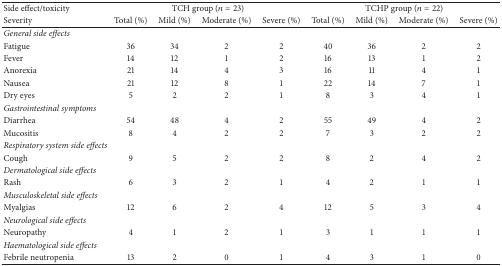
<table><thead><tr><td><b>Side effect/toxicity</b></td><td colspan="4"><b>TCH group (<i>n</i> = 23)</b></td><td colspan="4"><b>TCHP group (<i>n</i> = 22)</b></td></tr><tr><td><b>Severity</b></td><td><b>Total (%)</b></td><td><b>Mild (%)</b></td><td><b>Moderate (%)</b></td><td><b>Severe (%)</b></td><td><b>Total (%)</b></td><td><b>Mild (%)</b></td><td><b>Moderate (%)</b></td><td><b>Severe (%)</b></td></tr></thead><tbody><tr><td><i>General side effects</i></td><td colspan="8"> </td></tr><tr><td>Fatigue</td><td>36</td><td>34</td><td>2</td><td>2</td><td>40</td><td>36</td><td>2</td><td>2</td></tr><tr><td>Fever</td><td>14</td><td>12</td><td>1</td><td>2</td><td>16</td><td>13</td><td>1</td><td>2</td></tr><tr><td>Anorexia</td><td>21</td><td>14</td><td>4</td><td>3</td><td>16</td><td>11</td><td>4</td><td>1</td></tr><tr><td>Nausea</td><td>21</td><td>12</td><td>8</td><td>1</td><td>22</td><td>14</td><td>7</td><td>1</td></tr><tr><td>Dry eyes</td><td>5</td><td>2</td><td>2</td><td>1</td><td>8</td><td>3</td><td>4</td><td>1</td></tr><tr><td><i>Gastrointestinal symptoms</i></td><td colspan="8"> </td></tr><tr><td>Diarrhea</td><td>54</td><td>48</td><td>4</td><td>2</td><td>55</td><td>49</td><td>4</td><td>2</td></tr><tr><td>Mucositis</td><td>8</td><td>4</td><td>2</td><td>2</td><td>7</td><td>3</td><td>2</td><td>2</td></tr><tr><td><i>Respiratory system side effects</i></td><td colspan="8"> </td></tr><tr><td>Cough</td><td>9</td><td>5</td><td>2</td><td>2</td><td>8</td><td>2</td><td>4</td><td>2</td></tr><tr><td><i>Dermatological side effects</i></td><td colspan="8"> </td></tr><tr><td>Rash</td><td>6</td><td>3</td><td>2</td><td>1</td><td>4</td><td>2</td><td>1</td><td>1</td></tr><tr><td><i>Musculoskeletal side effects</i></td><td colspan="8"> </td></tr><tr><td>Myalgias</td><td>12</td><td>6</td><td>2</td><td>4</td><td>12</td><td>5</td><td>3</td><td>4</td></tr><tr><td><i>Neurological side effects</i></td><td colspan="8"> </td></tr><tr><td>Neuropathy</td><td>4</td><td>1</td><td>2</td><td>1</td><td>3</td><td>1</td><td>1</td><td>1</td></tr><tr><td><i>Haematological side effects</i></td><td colspan="8"> </td></tr><tr><td>Febrile neutropenia</td><td>13</td><td>2</td><td>0</td><td>1</td><td>4</td><td>3</td><td>1</td><td>0</td></tr></tbody></table>